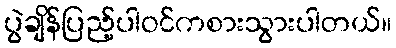
ပွဲချိန်ပြည့်ပါဝင်ကစားသွားပါတယ်။